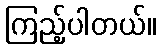
ကြည့်ပါတယ်။